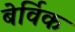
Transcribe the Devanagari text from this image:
बेर्विक